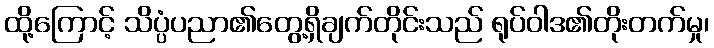
ထို့ကြောင့် သိပ္ပံပညာ၏တွေ့ရှိချက်တိုင်းသည် ရုပ်ဝါဒ၏တိုးတက်မှု၊